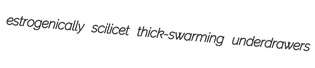
estrogenically scilicet thick-swarming underdrawers